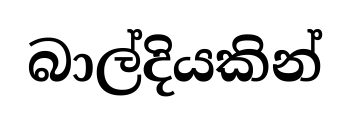
බාල්දියකින්